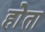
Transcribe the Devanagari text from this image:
होेता